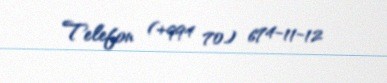
Telefon (+994 70) 674-11-12